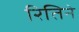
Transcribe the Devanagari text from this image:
रितिने